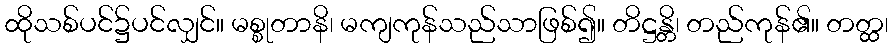
ထိုသစ်ပင်၌ပင်လျှင်။ မစ္စုတာနိ၊ မကျကုန်သည်သာဖြစ်၍။ တိဋ္ဌန္တိ၊ တည်ကုန်၏။ တတ္ထ၊